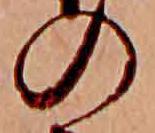
の